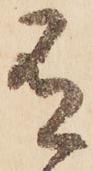
有